Civil Veterinary Dept. Bombay admin report 1932-41 - 1932-1941
Year: 1932
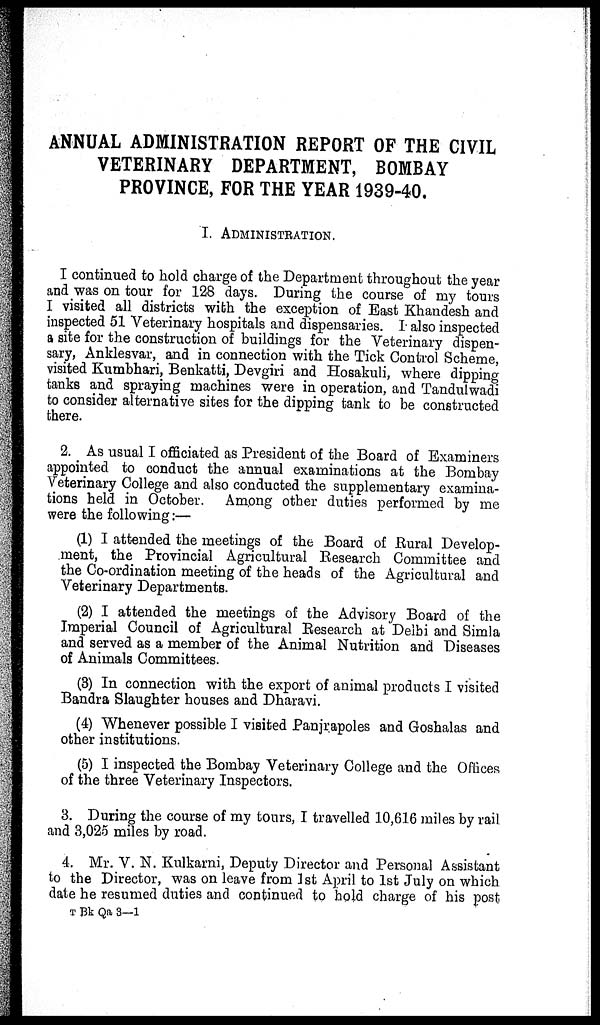
ANNUAL ADMINISTRATION REPORT OF THE CIVIL
VETERINARY DEPARTMENT, BOMBAY
PROVINCE, FOR THE YEAR 1939-40.
I. ADMINISTRATION.
I continued to hold charge of the Department throughout the year
and was on tour for 128 days. During the course of my tours
I visited all districts with the exception of East Khandesh and
inspected 51 Veterinary hospitals and dispensaries. I also inspected
a site for the construction of buildings for the Veterinary dispen-
sary, Anklesvar, and in connection with the Tick Control Scheme,
visited Kumbhari, Benkatti, Devgiri and Hosakuli, where dipping
tanks and spraying machines were in operation, and Tandulwadi
to consider alternative sites for the dipping tank to be constructed
there.
2. As usual I officiated as President of the Board of Examiners
appointed to conduct the annual examinations at the Bombay
Veterinary College and also conducted the supplementary examina-
tions held in October. Among other duties performed by me
were the following:—
(1) I attended the meetings of the Board of Rural Develop-
ment, the Provincial Agricultural Research Committee and
the Co-ordination meeting of the heads of the Agricultural and
Veterinary Departments.
(2) I attended the meetings of the Advisory Board of the
Imperial Council of Agricultural Research at Delhi and Simla
and served as a member of the Animal Nutrition and Diseases
of Animals Committees.
(3) In connection with the export of animal products I visited
Bandra Slaughter houses and Dharavi.
(4) Whenever possible I visited Panjrapoles and Goshalas and
other institutions.
(5) I inspected the Bombay Veterinary College and the Offices
of the three Veterinary Inspectors.
3. During the course of my tours, I travelled 10,616 miles by rail
and 3,025 miles by road.
4. Mr. V. N. Kulkarni, Deputy Director and Personal Assistant
to the Director, was on leave from 1st April to 1st July on which
date he resumed duties and continued to hold charge of his post
T Bk Qa 3—1